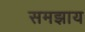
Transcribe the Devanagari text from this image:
समझाय